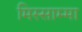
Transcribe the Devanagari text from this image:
मिस्साम्मा